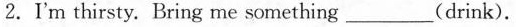
2.I'm thirsty. Bring me something___(drink).